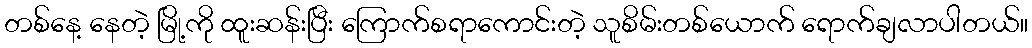
တစ်နေ့ နေတဲ့ မြို့ကို ထူးဆန်းပြီး ကြောက်စရာကောင်းတဲ့ သူစိမ်းတစ်ယောက် ရောက်ချလာပါတယ်။